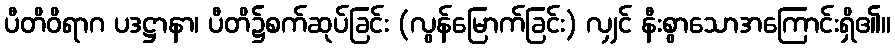
ပီတိဝိရာဂ ပဒဋ္ဌာနာ၊ ပီတိ၌စက်ဆုပ်ခြင်း (လွန်မြောက်ခြင်း) လျှင် နီးစွာသောအကြောင်းရှိ၏။